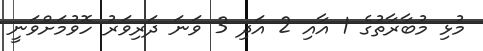
މުޅި މުބާރާތުގެ 1 އާއި 2 އަދި 3 ވަނަ ދަރިވަރު ހޮވުމަށްވަނީ